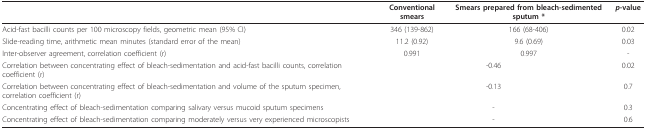
<table><thead><tr><td></td><td><b>Conventional smears</b></td><td><b>Smears prepared from bleach-sedimented sputum *</b></td><td><b><i>p</i>-value</b></td></tr></thead><tbody><tr><td>Acid-fast bacilli counts per 100 microscopy fields, geometric mean (95% CI)</td><td>346 (139-862)</td><td>166 (68-406)</td><td>0.02</td></tr><tr><td>Slide-reading time, arithmetic mean minutes (standard error of the mean)</td><td>11.2 (0.92)</td><td>9.6 (0.69)</td><td>0.03</td></tr><tr><td>Inter-observer agreement, correlation coefficient (r)</td><td>0.991</td><td>0.997</td><td>-</td></tr><tr><td>Correlation between concentrating effect of bleach-sedimentation and acid-fast bacilli counts, correlation coefficient (r)</td><td colspan="2">-0.46</td><td>0.02</td></tr><tr><td>Correlation between concentrating effect of bleach-sedimentation and volume of the sputum specimen, correlation coefficient (r)</td><td colspan="2">-0.13</td><td>0.7</td></tr><tr><td>Concentrating effect of bleach-sedimentation comparing salivary versus mucoid sputum specimens</td><td colspan="2">-</td><td>0.3</td></tr><tr><td>Concentrating effect of bleach-sedimentation comparing moderately versus very experienced microscopists</td><td colspan="2">-</td><td>0.6</td></tr></tbody></table>